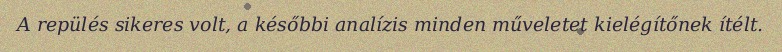
A repülés sikeres volt, a későbbi analízis minden műveletet kielégítőnek ítélt.